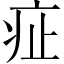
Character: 𤵁